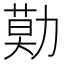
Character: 𠢓